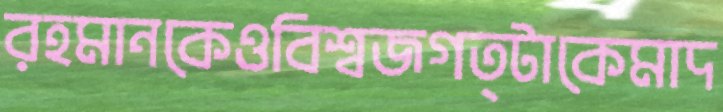
রহমানকেওবিশ্বজগত্টাকেমাদ